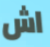
اش